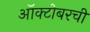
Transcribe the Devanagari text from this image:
ऑक्टोबरची